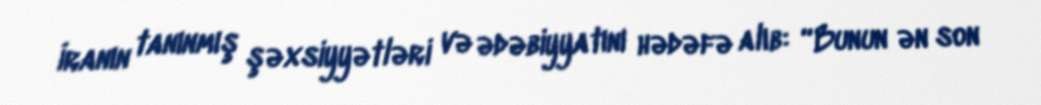
İranın tanınmış şəxsiyyətləri və ədəbiyyatını hədəfə alıb: “Bunun ən son